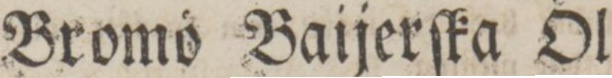
Bromö Baijerſka Öl